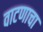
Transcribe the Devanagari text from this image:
वाटणाचा